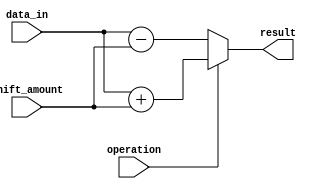
module HybridBarrelShifter (
    input [7:0] data_in,
    input [2:0] shift_amount,
    input operation,
    output [7:0] result
);

reg [7:0] temp_result;

always @(*) begin
    if (operation) begin
        temp_result = data_in + shift_amount;
    end else begin
        temp_result = data_in - shift_amount;
    end
end

assign result = temp_result;

endmodule